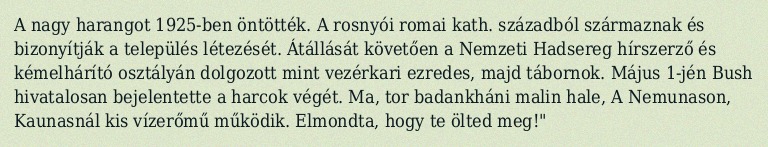
A nagy harangot 1925-ben öntötték. A rosnyói romai kath. századból származnak és bizonyítják a település létezését. Átállását követően a Nemzeti Hadsereg hírszerző és kémelhárító osztályán dolgozott mint vezérkari ezredes, majd tábornok. Május 1-jén Bush hivatalosan bejelentette a harcok végét. Ma, tor badankháni malin hale, A Nemunason, Kaunasnál kis vízerőmű működik. Elmondta, hogy te ölted meg!"